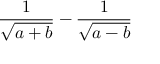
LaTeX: { \frac { 1 } { \sqrt { a + b } } } - { \frac { 1 } { \sqrt { a - b } } }